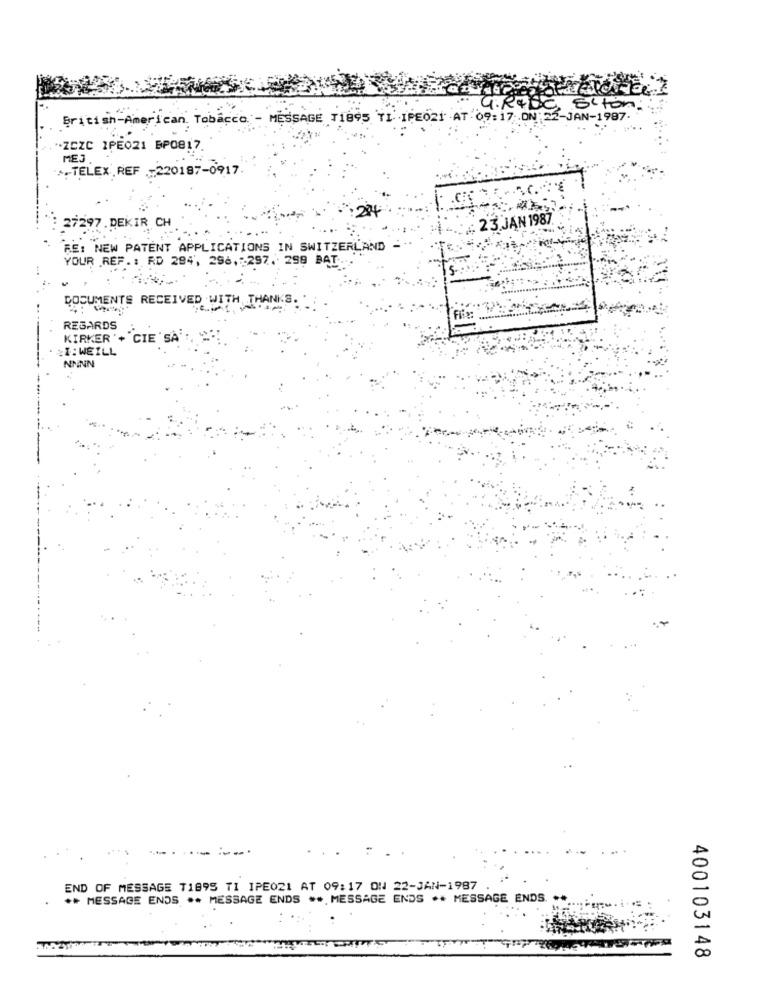
GRADE
Sition.
British-American Tobacco
ME'S
SAGE
1895
PEO21 -AT 09: 17 .ON;
2-JAN-1987
-ZCZC IPE021 BP0817.
MES.
..- TELEX REF -220187-0917
: 23 JAN 1987.
297 . DEKIR CH
F.E: NEW PATENT APPLICATIONS IN SWITZERLAND -
YOUR REF. : RD 284, 296, 297. 299 BAT
DOCUMENTS RECEIVED WITH J
NKS.
Fix:
REGARDS
KIRKER '+ "CIE 'SA'
I: WEILL
NNNN
------ ---.
END OF MESSAGE T1895 TI IPE021 AT 09:17 ON 22-JAN-1987
** MESSAGE ENDS ** MESSAGE ENDS ** MESSAGE ENDS ** MESSAGE ENDS. .*
400103148